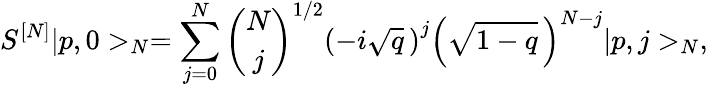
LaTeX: S^{[N]}\vert p,0>_{N}=\sum_{j=0}^{N}{\binom{N}{j}}^{1/2}\left(-i\sqrt{q}\, \right)^{j}\left(\sqrt{1-q}\, \right)^{N-j}\vert p,j>_{N},